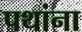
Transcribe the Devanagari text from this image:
पथांना